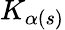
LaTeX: K_{\alpha(s)}